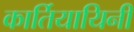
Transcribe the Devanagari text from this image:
कार्तियायिनी